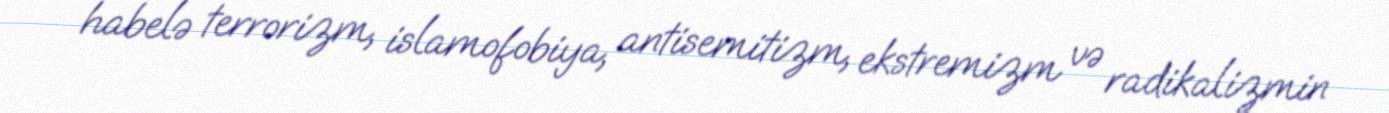
habelə terrorizm, islamofobiya, antisemitizm, ekstremizm və radikalizmin